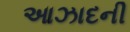
આઝાદની